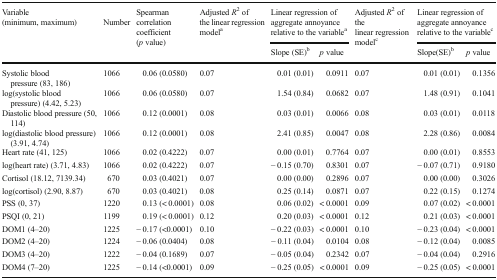
<table><thead><tr><td rowspan="2"><b>Variable (minimum, maximum)</b></td><td rowspan="2"><b>Number</b></td><td rowspan="2"><b>Spearman correlation coefficient (<i>p</i> value)</b></td><td rowspan="2"><b>Adjusted <i>R</i><sup>2</sup> of the linear regression model<sup>a</sup></b></td><td colspan="2"><b>Linear regression of aggregate annoyance relative to the variable<sup>a</sup></b></td><td rowspan="2"><b>Adjusted <i>R</i><sup>2</sup> of the linear regression model<sup>c</sup></b></td><td colspan="2"><b>Linear regression of aggregate annoyance relative to the variable<sup>c</sup></b></td></tr><tr><td><b>Slope (SE)<sup>b</sup></b></td><td><b><i>p</i> value</b></td><td><b>Slope(SE)<sup>b</sup></b></td><td><b><i>p</i> value</b></td></tr></thead><tbody><tr><td>Systolic blood pressure (83, 186)</td><td>1066</td><td>0.06 (0.0580)</td><td>0.07</td><td>0.01 (0.01)</td><td>0.0911</td><td>0.07</td><td>0.01 (0.01)</td><td>0.1356</td></tr><tr><td>log(systolic blood pressure) (4.42, 5.23)</td><td>1066</td><td>0.06 (0.0580)</td><td>0.07</td><td>1.54 (0.84)</td><td>0.0682</td><td>0.07</td><td>1.48 (0.91)</td><td>0.1041</td></tr><tr><td>Diastolic blood pressure (50, 114)</td><td>1066</td><td>0.12 (0.0001)</td><td>0.08</td><td>0.03 (0.01)</td><td>0.0066</td><td>0.08</td><td>0.03 (0.01)</td><td>0.0118</td></tr><tr><td>log(diastolic blood pressure) (3.91, 4.74)</td><td>1066</td><td>0.12 (0.0001)</td><td>0.08</td><td>2.41 (0.85)</td><td>0.0047</td><td>0.08</td><td>2.28 (0.86)</td><td>0.0084</td></tr><tr><td>Heart rate (41, 125)</td><td>1066</td><td>0.02 (0.4222)</td><td>0.07</td><td>0.00 (0.01)</td><td>0.7764</td><td>0.07</td><td>0.00 (0.01)</td><td>0.8553</td></tr><tr><td>log(heart rate) (3.71, 4.83)</td><td>1066</td><td>0.02 (0.4222)</td><td>0.07</td><td>− 0.15 (0.70)</td><td>0.8301</td><td>0.07</td><td>− 0.07 (0.71)</td><td>0.9180</td></tr><tr><td>Cortisol (18.12, 7139.34)</td><td>670</td><td>0.03 (0.4021)</td><td>0.07</td><td>0.00 (0.00)</td><td>0.2896</td><td>0.07</td><td>0.00 (0.00)</td><td>0.3026</td></tr><tr><td>log(cortisol) (2.90, 8.87)</td><td>670</td><td>0.03 (0.4021)</td><td>0.08</td><td>0.25 (0.14)</td><td>0.0871</td><td>0.07</td><td>0.22 (0.15)</td><td>0.1274</td></tr><tr><td>PSS (0, 37)</td><td>1220</td><td>0.13 (&lt; 0.0001)</td><td>0.08</td><td>0.06 (0.02)</td><td>&lt; 0.0001</td><td>0.09</td><td>0.07 (0.02)</td><td>&lt; 0.0001</td></tr><tr><td>PSQI (0, 21)</td><td>1199</td><td>0.19 (&lt; 0.0001)</td><td>0.12</td><td>0.20 (0.03)</td><td>&lt; 0.0001</td><td>0.12</td><td>0.21 (0.03)</td><td>&lt; 0.0001</td></tr><tr><td>DOM1 (4–20)</td><td>1225</td><td>− 0.17 (&lt;0.0001)</td><td>0.10</td><td>− 0.22 (0.03)</td><td>&lt; 0.0001</td><td>0.10</td><td>− 0.23 (0.04)</td><td>&lt; 0.0001</td></tr><tr><td>DOM2 (4–20)</td><td>1224</td><td>− 0.06 (0.0404)</td><td>0.08</td><td>− 0.11 (0.04)</td><td>0.0104</td><td>0.08</td><td>− 0.12 (0.04)</td><td>0.0085</td></tr><tr><td>DOM3 (4–20)</td><td>1222</td><td>− 0.04 (0.1689)</td><td>0.07</td><td>− 0.05 (0.04)</td><td>0.2342</td><td>0.07</td><td>− 0.04 (0.04)</td><td>0.2916</td></tr><tr><td>DOM4 (7–20)</td><td>1225</td><td>− 0.14 (&lt;0.0001)</td><td>0.09</td><td>− 0.25 (0.05)</td><td>&lt; 0.0001</td><td>0.09</td><td>− 0.25 (0.05)</td><td>&lt; 0.0001</td></tr></tbody></table>